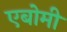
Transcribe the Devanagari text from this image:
एबोमी